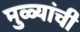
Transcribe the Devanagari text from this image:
मुळ्यांची